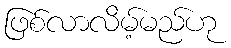
ဖြစ်လာလိမ့်မည်ဟု